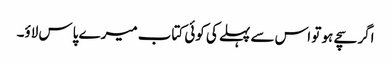
اگر سچے ہو تو اس سے پہلے کی کوئی کتاب میرے پاس لاؤ۔